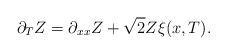
LaTeX: \begin{align*} \partial_T Z = \partial_{xx} Z + \sqrt{2} Z \xi(x,T).\end{align*}